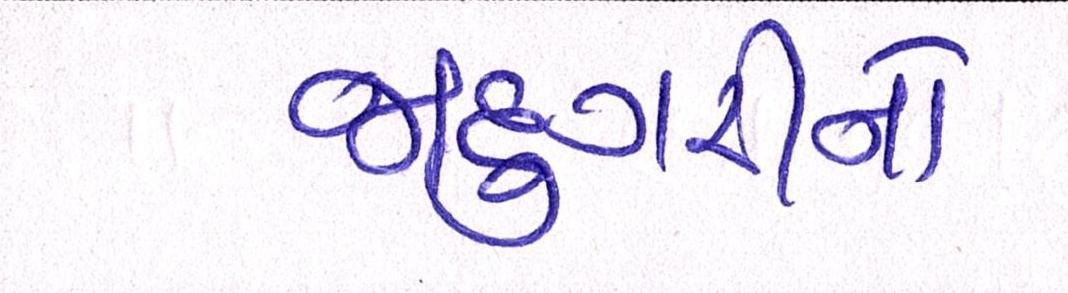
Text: જાદુગરીનો